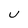
Character: U